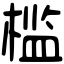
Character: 槛